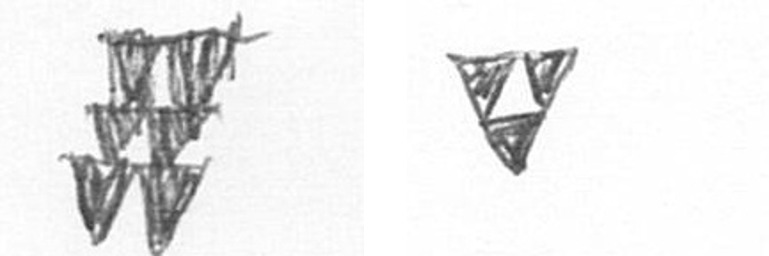
Y S